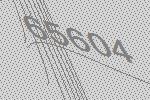
65604